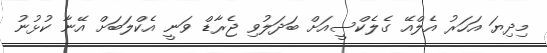
މިދިޔަ އަހަރު އެލްއޭ ގެލެކްސީއަށް ބަދަލުވި ޖެރާޑް ވަނީ އެކްލަބަށް އޭނާ ކުޅުނު